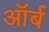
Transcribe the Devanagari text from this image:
ऑर्ब